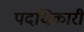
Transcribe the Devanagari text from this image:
पदधिकारी